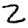
Digit: 2